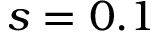
s = 0 . 1